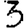
Digit: 3